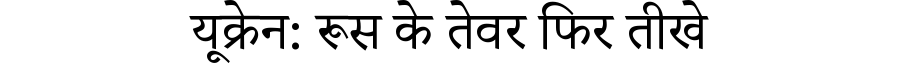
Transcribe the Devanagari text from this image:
यूक्रेन: रूस के तेवर फिर तीखे